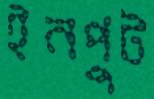
ইনপুট